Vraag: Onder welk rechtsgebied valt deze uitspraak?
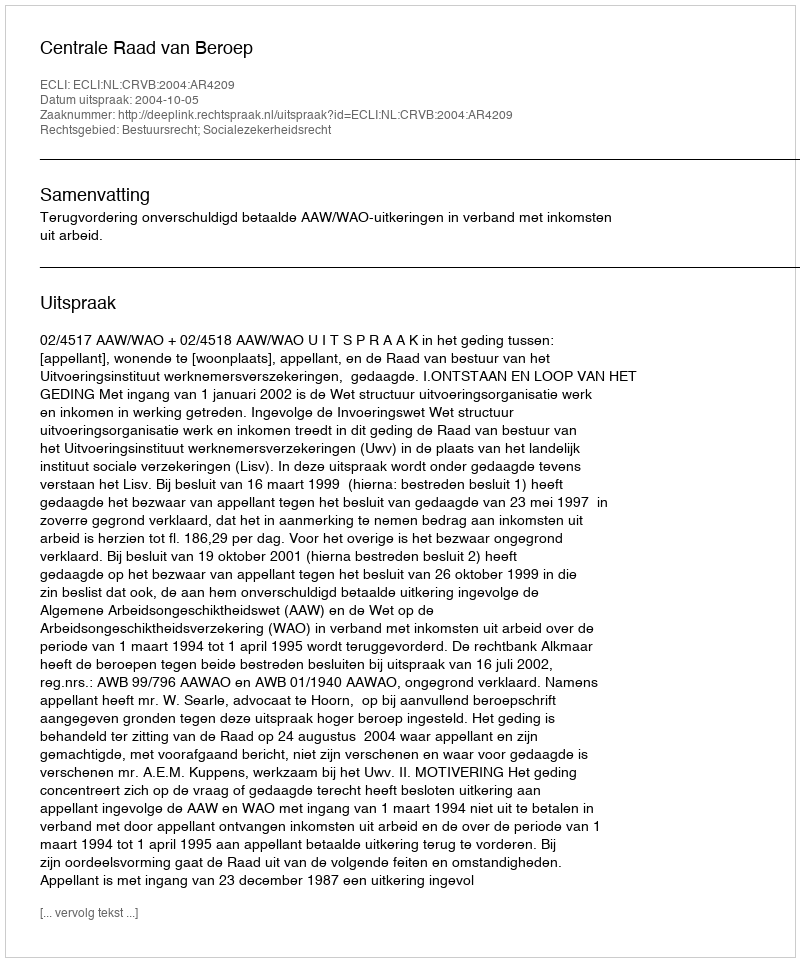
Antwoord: Bestuursrecht; Socialezekerheidsrecht